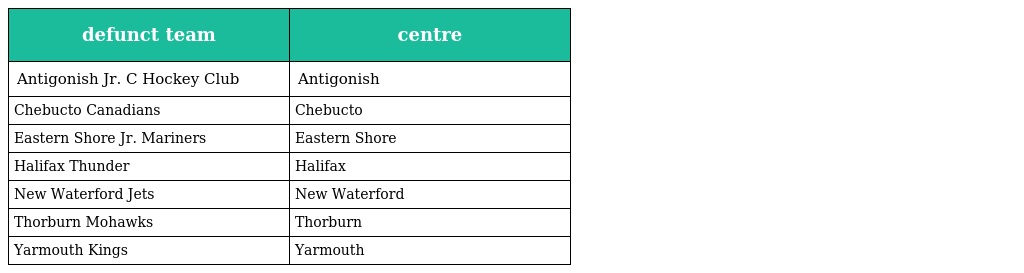
| defunct team | centre |
 | --- | --- |
 | Antigonish Jr. C Hockey Club | Antigonish |
 | Chebucto Canadians | Chebucto |
 | Eastern Shore Jr. Mariners | Eastern Shore |
 | Halifax Thunder | Halifax |
 | New Waterford Jets | New Waterford |
 | Thorburn Mohawks | Thorburn |
 | Yarmouth Kings | Yarmouth |